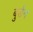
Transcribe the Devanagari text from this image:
बुर्डन